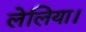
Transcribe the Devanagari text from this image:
लेलिया।